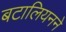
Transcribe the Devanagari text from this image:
बटालियनने